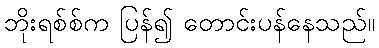
ဘိုးရစ်စ်က ပြန်၍ တောင်းပန်နေသည်။